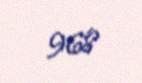
968